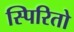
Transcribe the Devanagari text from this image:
स्पिरितो